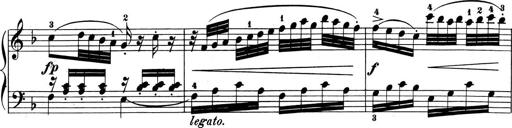
Title: 6 Piano Sonatinas
Composer: Cornelius Gurlitt